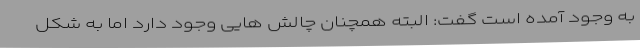
به وجود آمده است گفت: البته همچنان چالش هایی وجود دارد اما به شکل